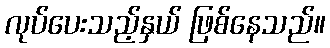
လုပ်ပေးသည့်နှယ် ဖြစ်နေသည်။